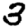
Digit: 3